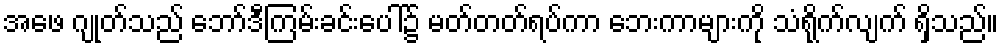
အဖေ ဂျုတ်သည် ဘော်ဒီကြမ်းခင်းပေါ်၌ မတ်တတ်ရပ်ကာ ဘေးကာများကို သံရိုက်လျက် ရှိသည်။